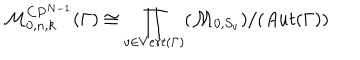
{ \cal M } _ { 0 , n , k } ^ { C P ^ { N - 1 } } ( \Gamma ) \cong \prod _ { v \in V e r t ( \Gamma ) } ( { \cal M } _ { 0 , S _ { v } } ) / ( A u t ( \Gamma ) )